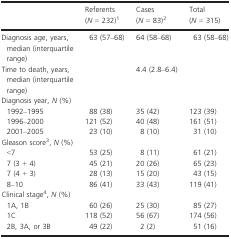
<table><thead><tr><td></td><td><b>Referents (<i>N</i> = 232)1</b></td><td><b>Cases (<i>N</i> = 83)2</b></td><td><b>Total (<i>N</i> = 315)</b></td></tr></thead><tbody><tr><td>Diagnosis age, years, median (interquartile range)</td><td>63 (57–68)</td><td>64 (58–68)</td><td>63 (58–68)</td></tr><tr><td>Time to death, years, median (interquartile range)</td><td></td><td>4.4 (2.8–6.4)</td><td></td></tr><tr><td colspan="4">Diagnosis year, <i>N</i> (%)</td></tr><tr><td> 1992–1995</td><td>88 (38)</td><td>35 (42)</td><td>123 (39)</td></tr><tr><td> 1996–2000</td><td>121 (52)</td><td>40 (48)</td><td>161 (51)</td></tr><tr><td> 2001–2005</td><td>23 (10)</td><td>8 (10)</td><td>31 (10)</td></tr><tr><td colspan="4">Gleason score3, <i>N</i> (%)</td></tr><tr><td> &lt;7</td><td>53 (25)</td><td>8 (11)</td><td>61 (21)</td></tr><tr><td> 7 (3 + 4)</td><td>45 (21)</td><td>20 (26)</td><td>65 (23)</td></tr><tr><td> 7 (4 + 3)</td><td>28 (13)</td><td>15 (20)</td><td>43 (15)</td></tr><tr><td> 8–10</td><td>86 (41)</td><td>33 (43)</td><td>119 (41)</td></tr><tr><td colspan="4">Clinical stage4, <i>N</i> (%)</td></tr><tr><td> 1A, 1B</td><td>60 (26)</td><td>25 (30)</td><td>85 (27)</td></tr><tr><td> 1C</td><td>118 (52)</td><td>56 (67)</td><td>174 (56)</td></tr><tr><td> 2B, 3A, or 3B</td><td>49 (22)</td><td>2 (2)</td><td>51 (16)</td></tr></tbody></table>